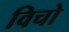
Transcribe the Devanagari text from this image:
विचो